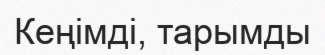
Кеңімді, тарымды